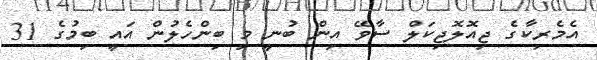
އެމެރިކާގެ ޖިއޮލޮޖިކަލް ސާވޭ އިން ބުނީ މި ބިންހެލުން އައީ ބިމުގެ 31